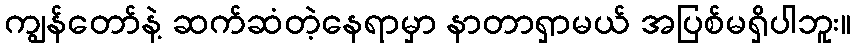
ကျွန်တော်နဲ့ ဆက်ဆံတဲ့နေရာမှာ နာတာရှာမယ် အပြစ်မရှိပါဘူး။